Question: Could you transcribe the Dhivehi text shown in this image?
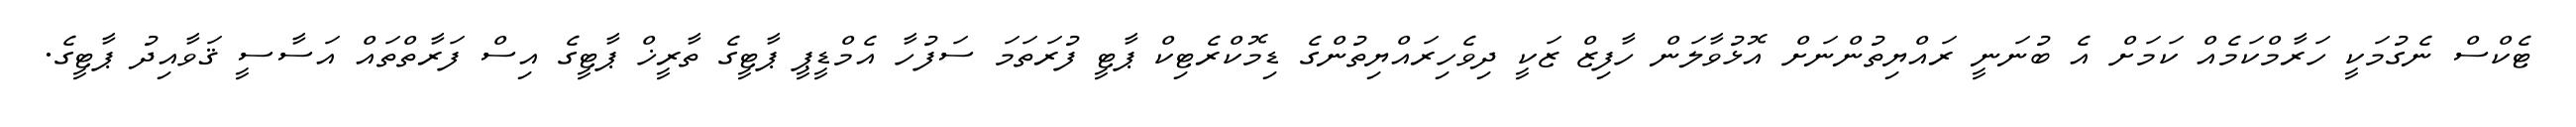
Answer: ޓެކްސް ނެގުމަކީ ހަރާމްކަމެއް ކަމަށް އެ ބުނަނީ ރައްޔިތުންނަށް އޮޅުވާލަން ހާފިޒް ޒަކީ ދިވެހިރައްޔިތުންގެ ޑިމޮކްރެޓިކް ޕާޓީ ފުރަތަމަ ސަފުހާ އެމްޑީޕީ ޕާޓީގެ ތާރީޚް ޕާޓީގެ އިސް ފަރާތްތައް އަސާސީ ޤަވާއިދު ޕާޓީގެ.